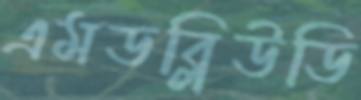
এমডব্লিউডি